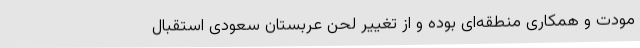
مودت و همکاری منطقه‌ای بوده و از تغییر لحن عربستان سعودی استقبال